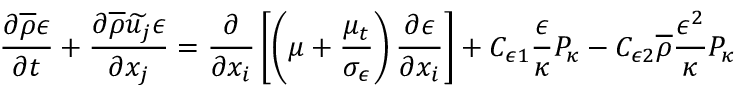
\frac { \partial \overline { { \rho } } \epsilon } { \partial t } + \frac { \partial \overline { { \rho } } \widetilde { u _ { j } } \epsilon } { \partial x _ { j } } = \frac { \partial } { \partial x _ { i } } \left[ \left( \mu + \frac { \mu _ { t } } { \sigma _ { \epsilon } } \right) \frac { \partial \epsilon } { \partial x _ { i } } \right] + C _ { \epsilon 1 } \frac { \epsilon } { \kappa } P _ { \kappa } - C _ { \epsilon 2 } \overline { { \rho } } \frac { \epsilon ^ { 2 } } { \kappa } P _ { \kappa }